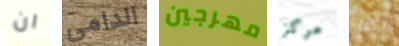
ان الدامي مهرجين مركز انها